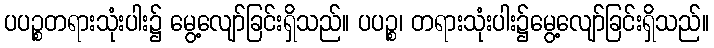
ပပဉ္စတရားသုံးပါး၌ မွေ့လျော်ခြင်းရှိသည်။ ပပဉ္စ၊ တရားသုံးပါး၌မွေ့လျော်ခြင်းရှိသည်။